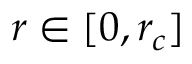
r \in \lbrack 0 , r _ { c } ]